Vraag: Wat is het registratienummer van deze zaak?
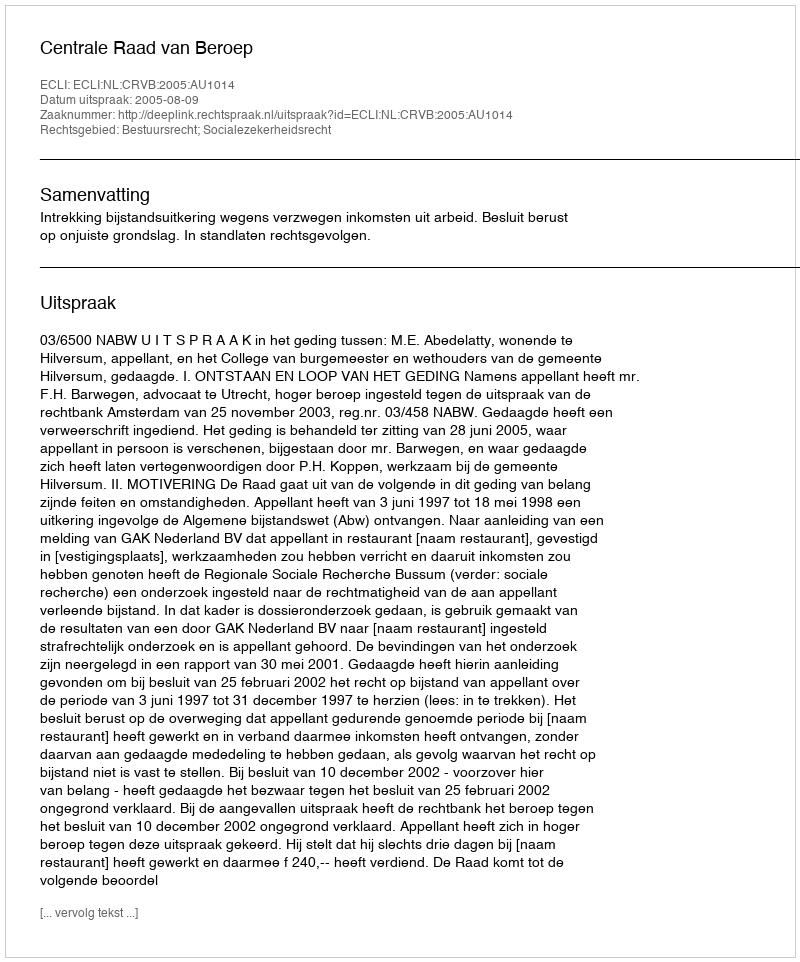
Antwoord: http://deeplink.rechtspraak.nl/uitspraak?id=ECLI:NL:CRVB:2005:AU1014